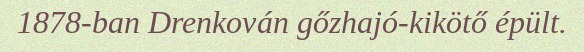
1878-ban Drenkován gőzhajó-kikötő épült.